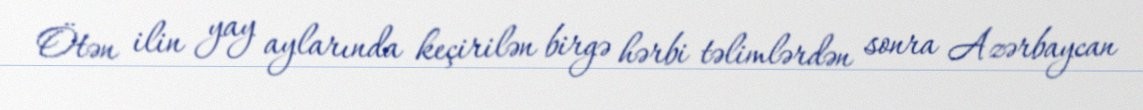
Ötən ilin yay aylarında keçirilən birgə hərbi təlimlərdən sonra Azərbaycan